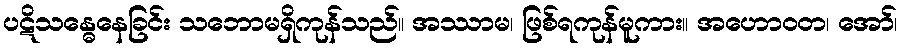
ပဋိသန္ဓေနေခြင်း သဘောမရှိကုန်သည်။ အဿာမ၊ ဖြစ်ရကုန်မူကား။ အဟောဝတ၊ အော်၊